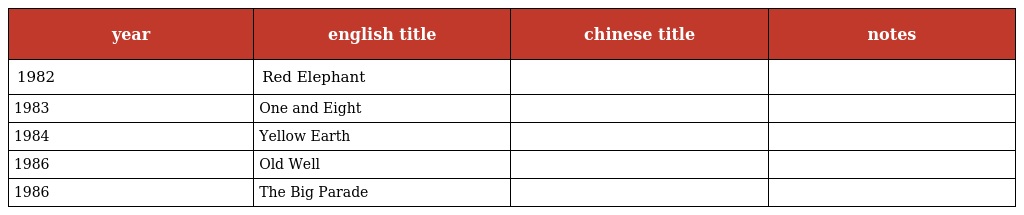
| year | english title | chinese title | notes |
 | --- | --- | --- | --- |
 | 1982 | Red Elephant | 红象 |  |
 | 1983 | One and Eight | 一个和八个 |  |
 | 1984 | Yellow Earth | 黃土地 |  |
 | 1986 | Old Well | 老井 |  |
 | 1986 | The Big Parade | 大阅兵 |  |